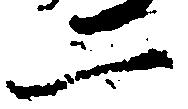
二